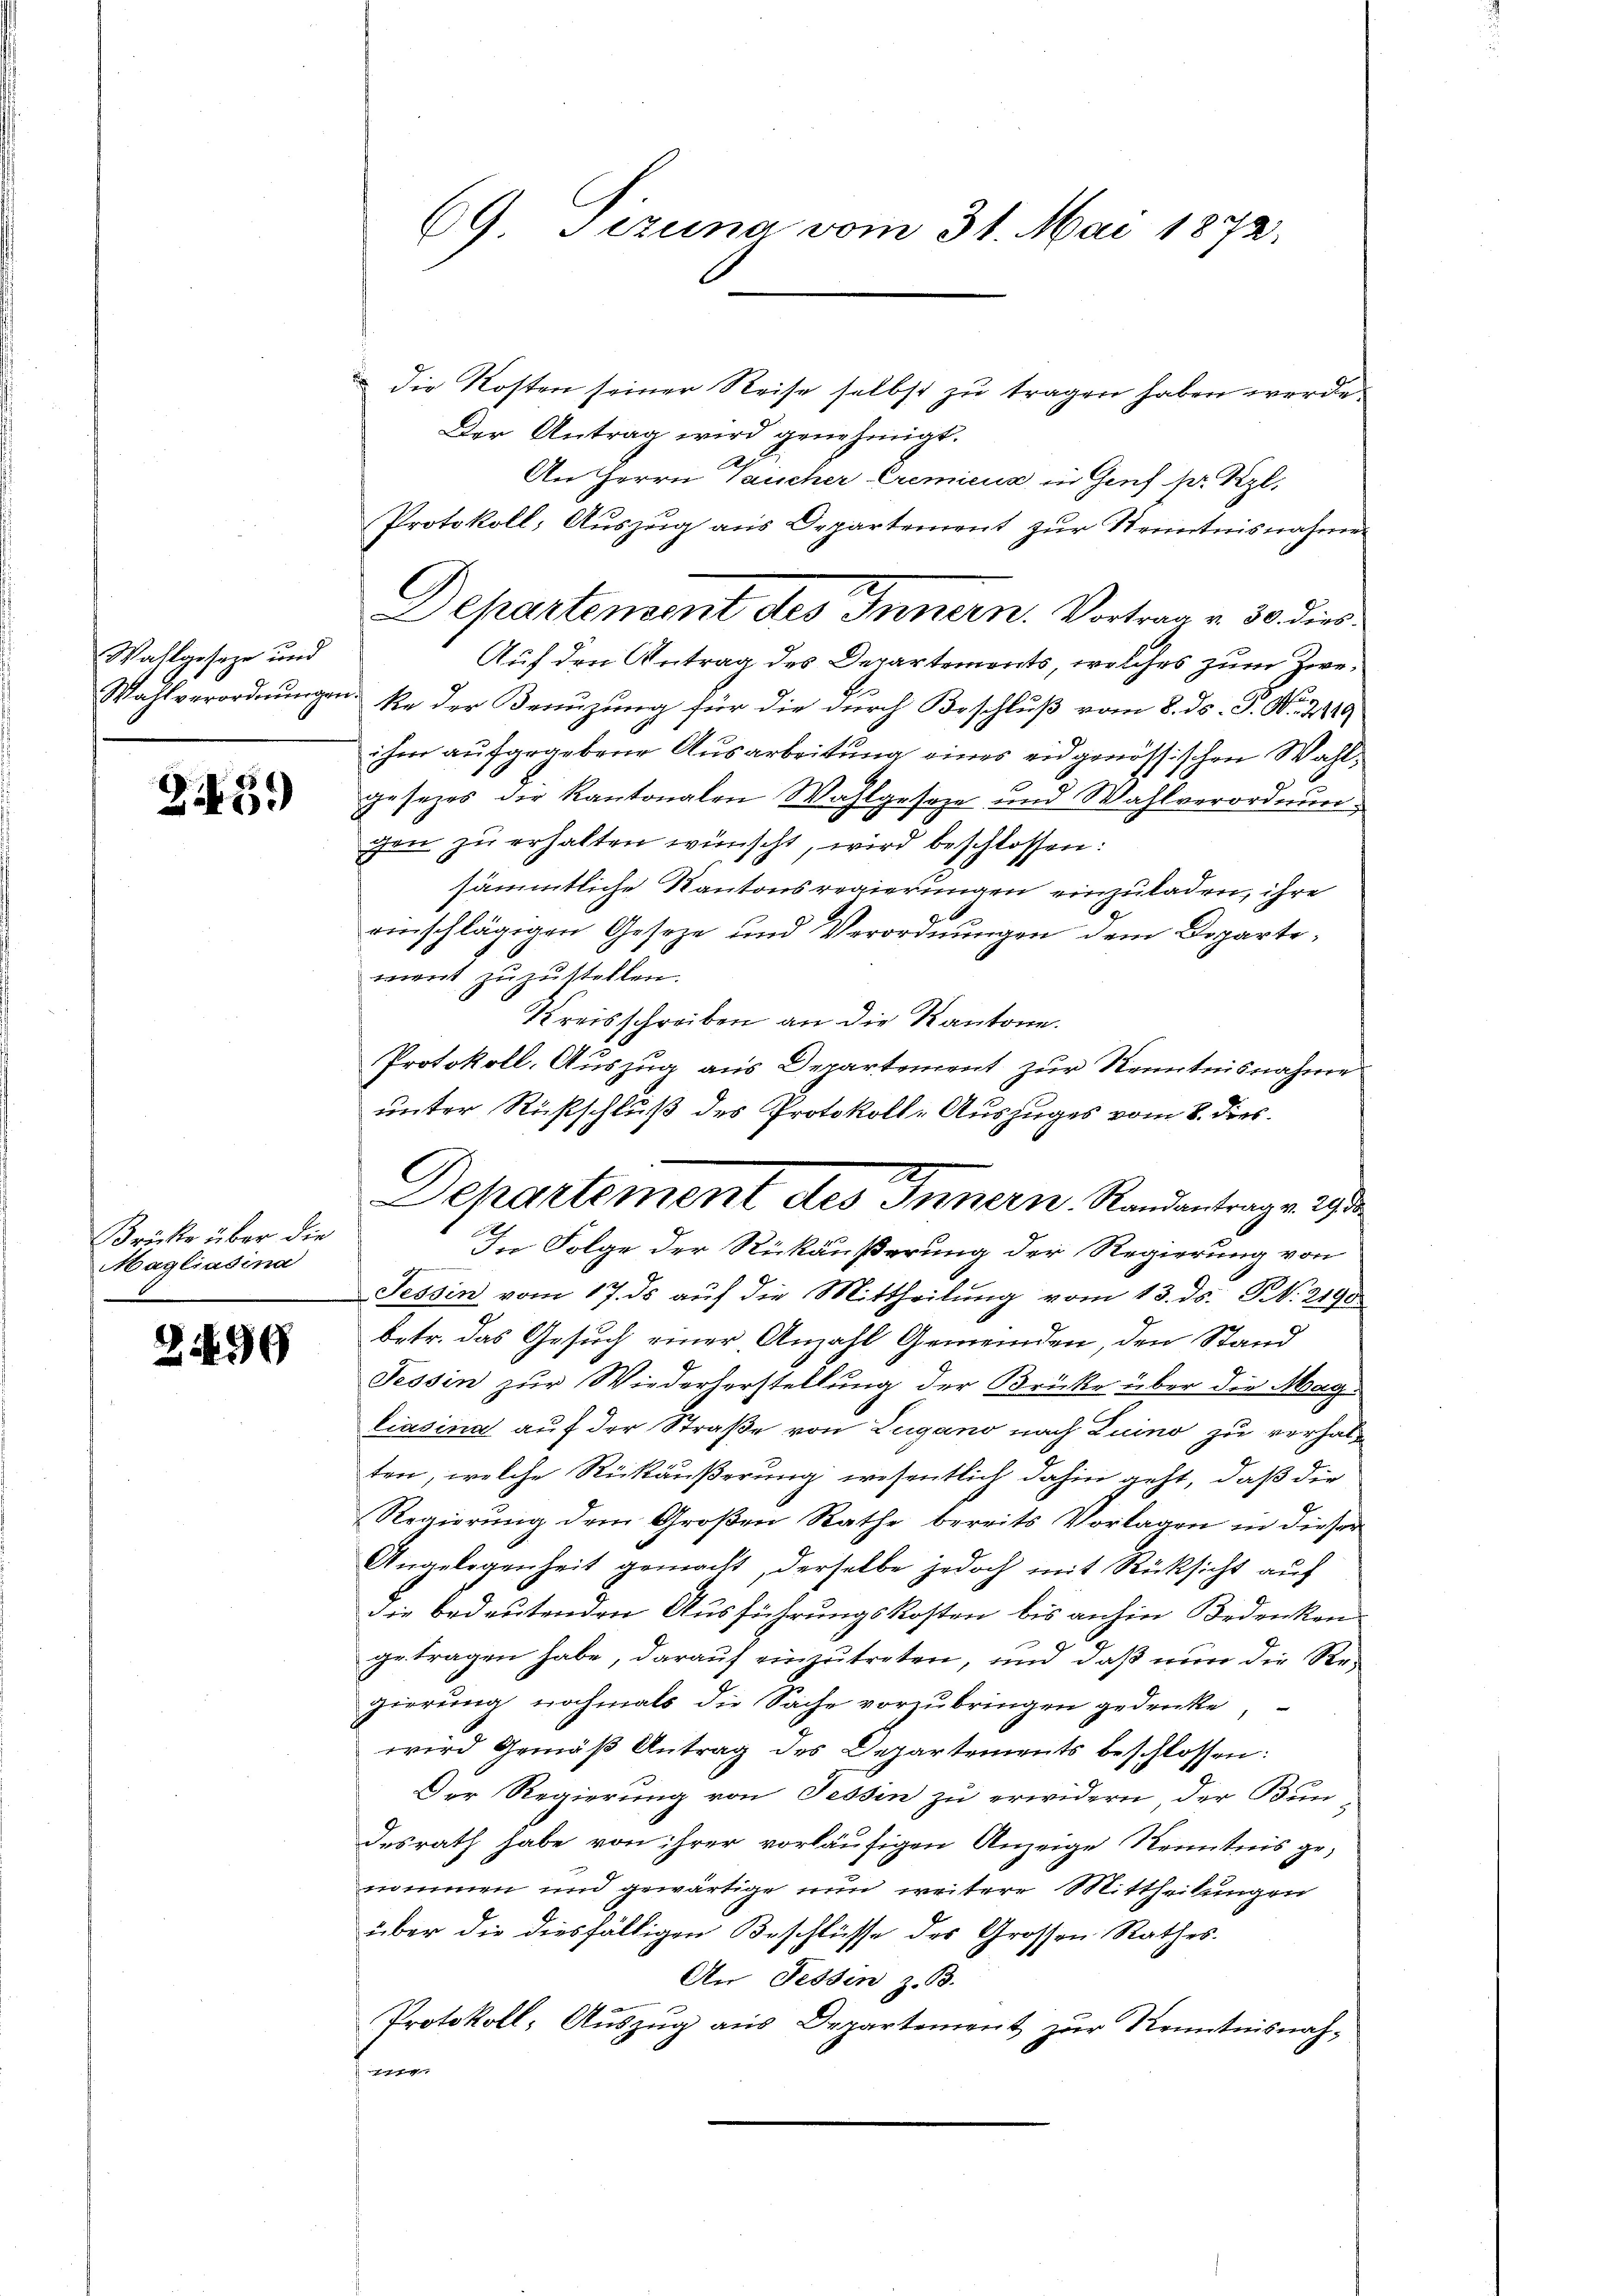
Wahlgeseze und

245.

Brücke über die
Magliadina

2499

69. Sezung vom 31. Mai 1872.

Departement des Innern. Vortrag v. 30. dies

die Kosten seiner Reise selbst zu tragen haben werde.
Der Antrag wird genehmigt.
An Herrn Taucher Cremiena in Genf hr. Kgl.
Protokoll, Auszug aus Departement zur Kenntnisnahme
Auf den Antrag des Departements, welches zum Zwe¬
Wahlverordnungen. Se der Benuzung für die durch Beschluß vom 8. ds. P. Nr. 2219
ihm aufgegebene Ausarbeitung eines eidgenössischen Wahlgesetzes die Kantonalen Wahlgeseze und Wahlverordnungen zŭ erhalten wünscht, wird beschlossen:
sämmtliche Kantonsregierungen einzuladen, ihre
einschlägigen Geseze und Verordnungen dem Dopartement zuzustellen.
Kreisschreiben an die Kantone.
Protokoll, Auszug aus Departement zur Kenntnisnahme
unter Russchluß des Protokoll-Auszuges vom 8. dies
Tessin vom 17. ds aŭf die Mittheilŭng vom 13. ds. S. 2190
betr. das Gesuch einer Anzahl Gemeinden, den Stand
Tessin zur Wiederterstellung der Brücke über die Mag
liasina auf der Straße von Lugano nach Luino zu verhalten, welche Rückäußerung wesentlich dahin geht, daß die
Regierung dem Großen Rathe bereits Vorlagen in dieser
Angelegenheit gemacht, derselbe jedoch mit Rücksicht auf
die bedeutenden Ausführungskosten bis anhin Bedenken-
getragen habe, darauf einzutreten, und daß nun die Regierung nochmals die Sache vorzubringen gedenke,
wird Gemäß Antrag des Departements beschlossen:
Der Regierung von Tessin zu erwidern, der Bun-
desrath habe von ihrer vorläufigen Anzeige Kenntnis genommen und gewärtige nun weitere Mittheilungen
über die diesfälligen Beschlüsse des Grossen Rathes.
An Tessin z. B.
Protokoll, Auszug aus Departement zur Kenntnisnah¬
|

Departement des Innern Randantrage de
A.
In Folge der Rückäußerung der Regierung von